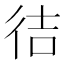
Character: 㣟